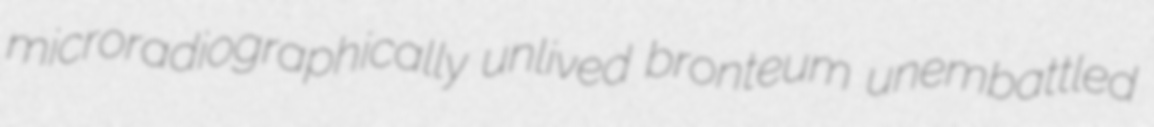
microradiographically unlived bronteum unembattled